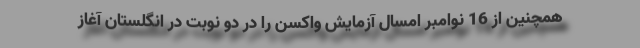
همچنین از 16 نوامبر امسال آزمایش واکسن را در دو نوبت در انگلستان آغاز